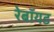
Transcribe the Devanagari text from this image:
रेबॉयड